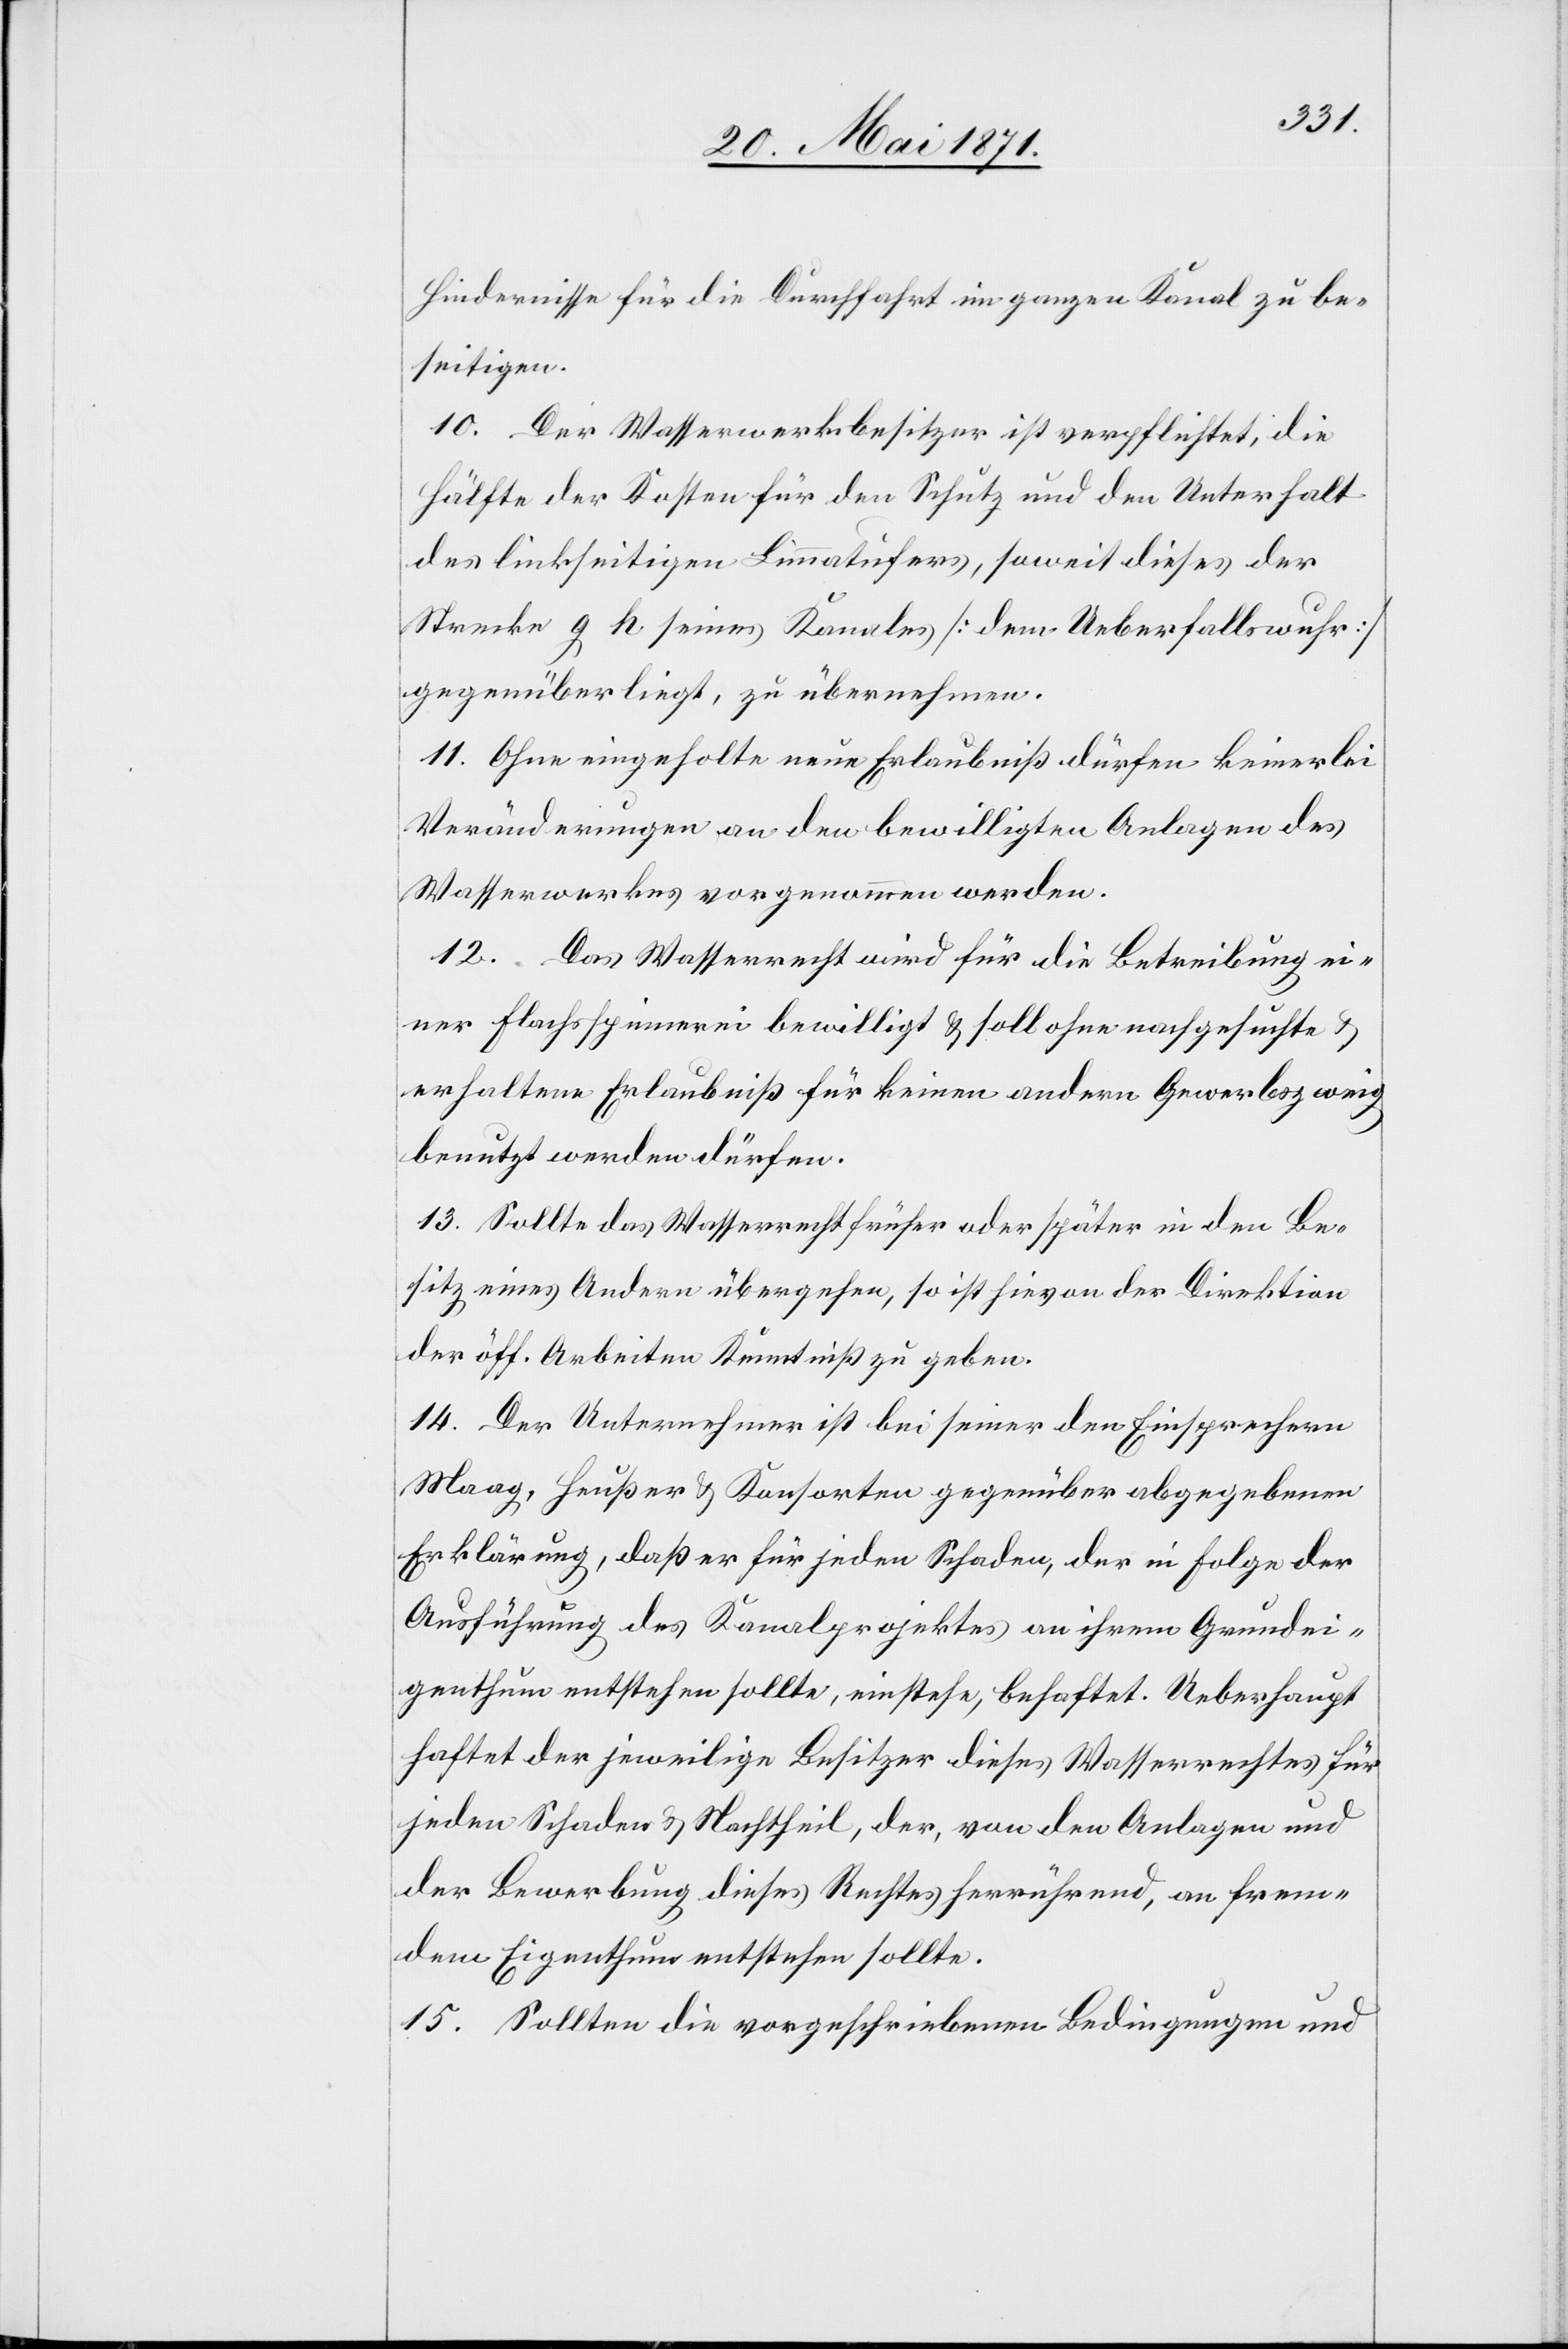
Hindernisse für die Durchfahrt im ganzen Kanal zu be¬
seitigen.
10. Der Wasserwerksbesitzer ist verpflichtet, die
Hälfte der Kosten für den Schutz und den Unterhalt
des linkseitigen Limmatufers, soweit dieses der
Strecke g h seines Kanales [dem Ueberfallswuhr]
gegenüberliegt, zu übernehmen.
11. Ohne eingeholte neue Erlaubniß dürfen keinerlei
Veränderungen an den bewilligten Anlagen des
Wasserwerkes vorgenommen werden.
12. Das Wasserrecht wird für die Betreibung ei¬
ner Flachsspinnerei bewilligt u. soll ohne nachgesuchte u.
erhaltene Erlaubniß für keinen andern Gewerbszweig
benutzt werden dürfen.
13. Sollte das Wasserrecht früher oder später in den Be¬
sitz eines Andern übergehen, so ist hievon der Direktion
der öff. Arbeiten Kenntniß zu geben.
14. Der Unternehmer ist bei seiner den Einsprechern
Maag, Heußer u. Konsorten gegenüber abgegebenen
Erklärungen, daß er für jeden Schaden, der in Folge der
Ausführung des Kanalprojektes an ihrem Grundei¬
genthum entstehen sollte, einstehe, behaftet. Ueberhaupt
haftet der jeweilige Besitzer dieses Wasserrechtes für
jeden Schaden u. Nachtheil, der, von den Anlagen und
der Bewerbung dieses Rechtes herrührend, an frem¬
dem Eigenthum entstehen sollte.
15. Sollten die vorgeschriebenen Bedingungen und